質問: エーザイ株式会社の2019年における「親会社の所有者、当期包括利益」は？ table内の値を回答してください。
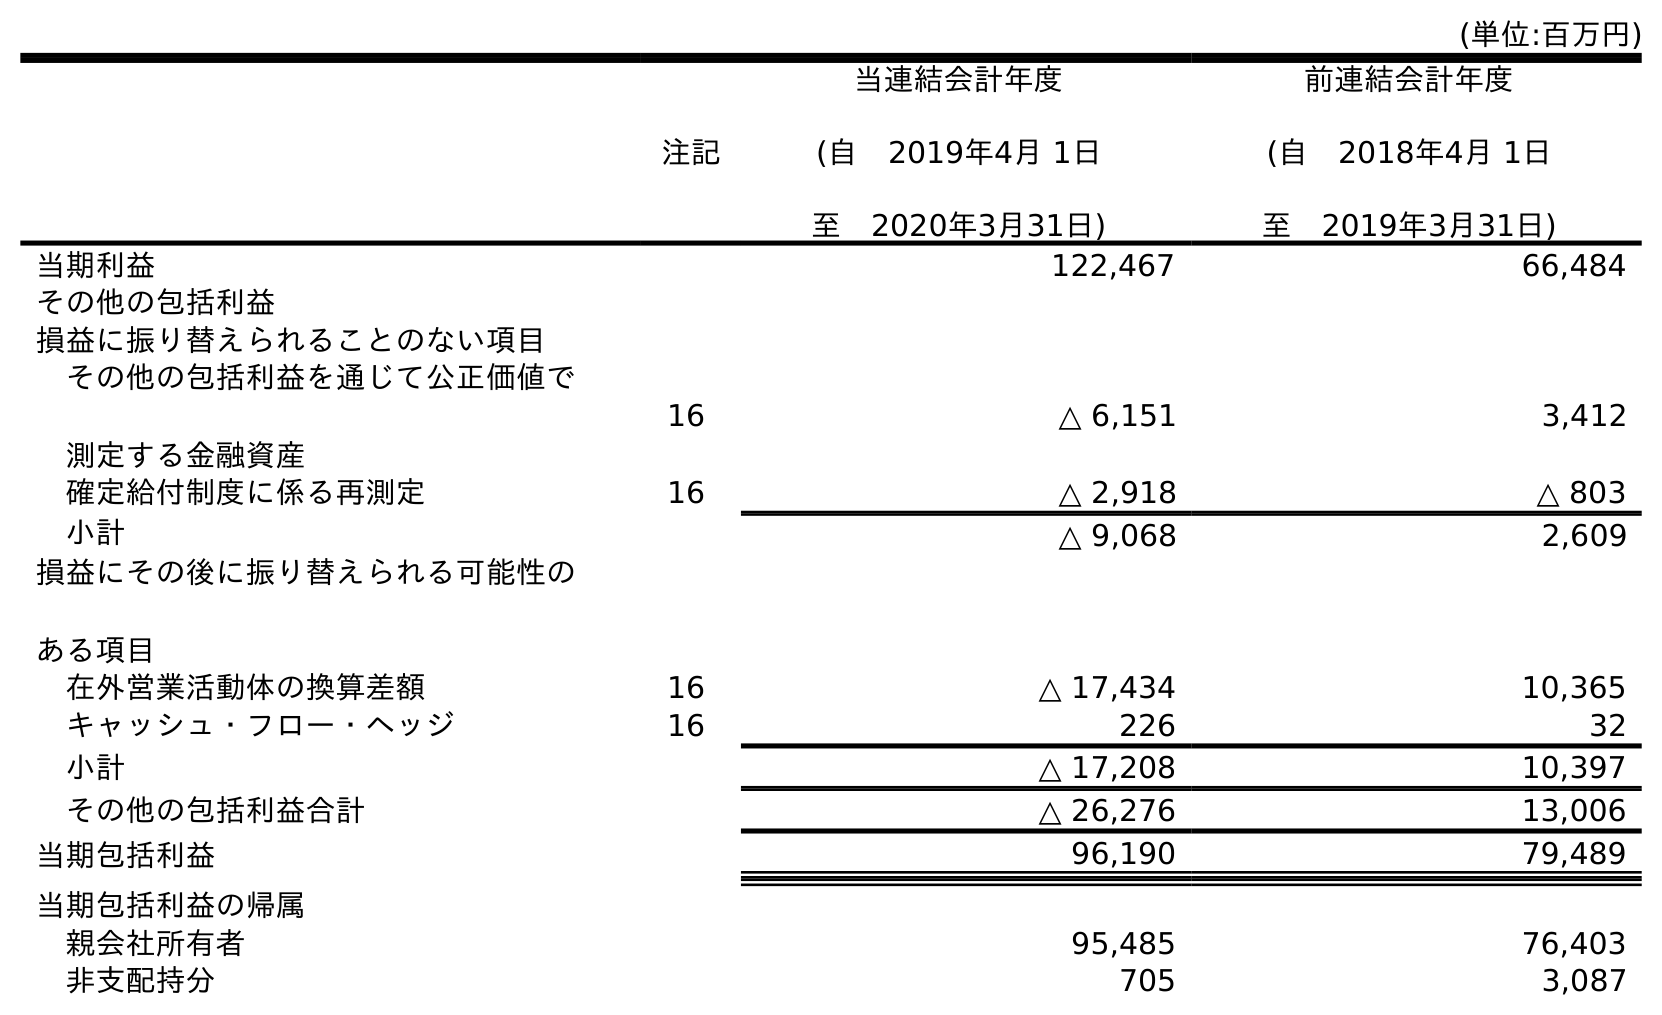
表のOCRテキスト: (単位:百万円) 注記 当連結会計年度 (自 2019年4月 1日 至 2020年3月31日) 前連結会計年度 (自 2018年4月 1日 至 2019年3月31日) 当期利益 122,467 66,484 その他の包括利益 損益に振り替えられることのない項目 その他の包括利益を通じて公正価値で 測定する金融資産 16 △ 6,151 3,412 確定給付制度に係る再測定 16 △ 2,918 △ 803 小計 △ 9,068 2,609 損益にその後に振り替えられる可能性の ある項目 在外営業活動体の換算差額 16 △ 17,434 10,365 キャッシュ・フロー・ヘッジ 16 226 32 小計 △ 17,208 10,397 その他の包括利益合計 △ 26,276 13,006 当期包括利益 96,190 79,489 当期包括利益の帰属 親会社所有者 95,485 76,403 非支配持分 705 3,087
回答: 76,403